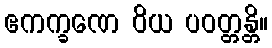
ဧကက္ခဏေ ဝိယ ပဝတ္တန္တိ။